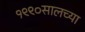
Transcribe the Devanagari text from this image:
१९९०सालच्या